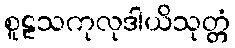
စူဠသကုလုဒါယိသုတ္တံ